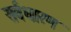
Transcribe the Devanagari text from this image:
सर्वधारण